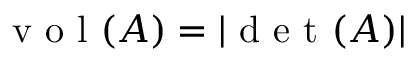
\mathrm { ~ v ~ o ~ l ~ } ( A ) = | \mathrm { ~ d ~ e ~ t ~ } ( A ) |